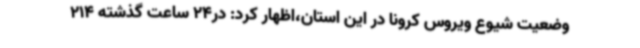
وضعیت شیوع ویروس کرونا در این استان،اظهار کرد: در24 ساعت گذشته 214